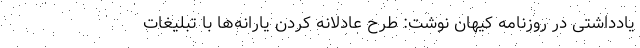
یادداشتی در روزنامه کیهان نوشت: طرح عادلانه کردن یارانه‌ها با تبلیغات